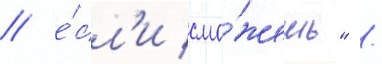
/ е́сл'и смо́жешь" /